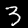
Label: 3